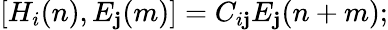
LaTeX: [H_{i}(n),E_{\mathbf{j}}(m)]=C_{i\mathbf{j}}E_{\mathbf{j}}(n+m);